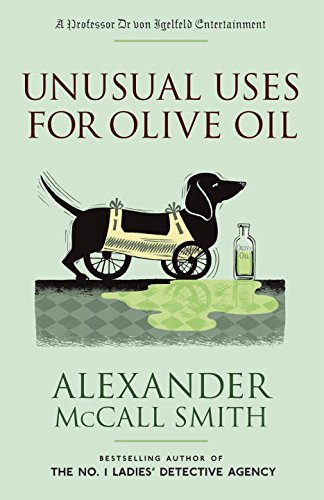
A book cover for Unusual Uses for Olive Oil (Professor Dr von Igelfeld Series); Alexander McCall Smith; Literature & Fiction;